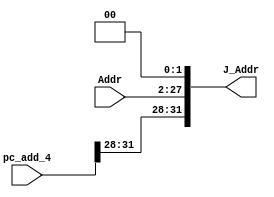
`timescale 1ns / 1ps

// Get address of J-instructions.
module J_ADDR (pc_add_4, Addr, J_Addr);

    input [31:0] pc_add_4;
    input [25:0] Addr;
    output [31:0] J_Addr;

    assign J_Addr = {pc_add_4[31:28], Addr, 2'b00};

endmodule